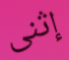
إثنى